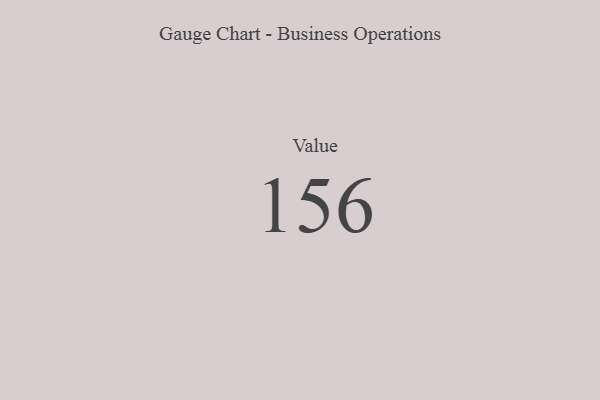
{"axis": {"x": "Metric", "y": "Value"}, "legend": [""], "data": [{"x": "Value", "y": 156, "type": ""}]}